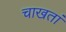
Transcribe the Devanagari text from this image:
चाखतां